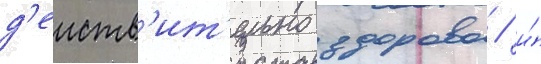
д'еиств'ит'ельно здорово / и́